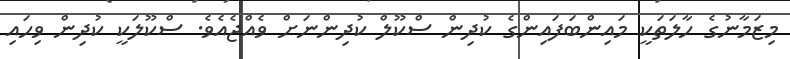
މިޒަމާނުގެ ހާލަތަކީ މައިންބަފައިންގެ ކުދިން ސްކޫލް ކުދިންނަށް ވެއްޖެއެވެ. ސްކޫލަކީ ކުދިން ވިހައި